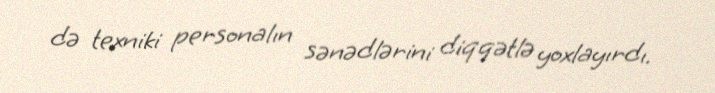
də texniki personalın sənədlərini diqqətlə yoxlayırdı.